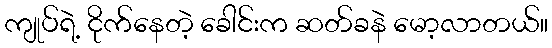
ကျုပ်ရဲ့ ငိုက်နေတဲ့ ခေါင်းက ဆတ်ခနဲ မော့လာတယ်။